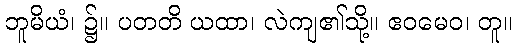
ဘူမိယံ၊ ၌။ ပတတိ ယထာ၊ လဲကျ၏သို့။ ဧဝမေဝ၊ တူ။